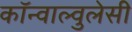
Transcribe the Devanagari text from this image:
कॉन्वाल्वुलेसी